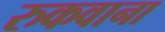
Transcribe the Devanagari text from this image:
रुकवाना